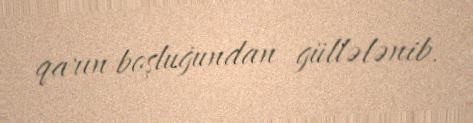
qarın boşluğundan güllələnib.